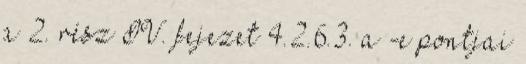
a 2. rész IV. fejezet 4.2.6.3. a -e pontjai